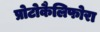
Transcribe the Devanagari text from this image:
प्रोटोकैलिफोरा